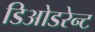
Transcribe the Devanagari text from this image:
डिओडरेन्ट